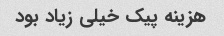
هزینه پیک خیلی زیاد بود